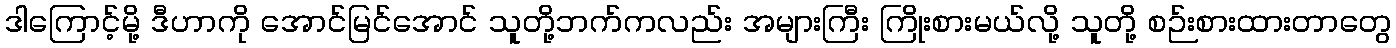
ဒါကြောင့်မို့ ဒီဟာကို အောင်မြင်အောင် သူတို့ဘက်ကလည်း အများကြီး ကြိုးစားမယ်လို့ သူတို့ စဉ်းစားထားတာတွေ